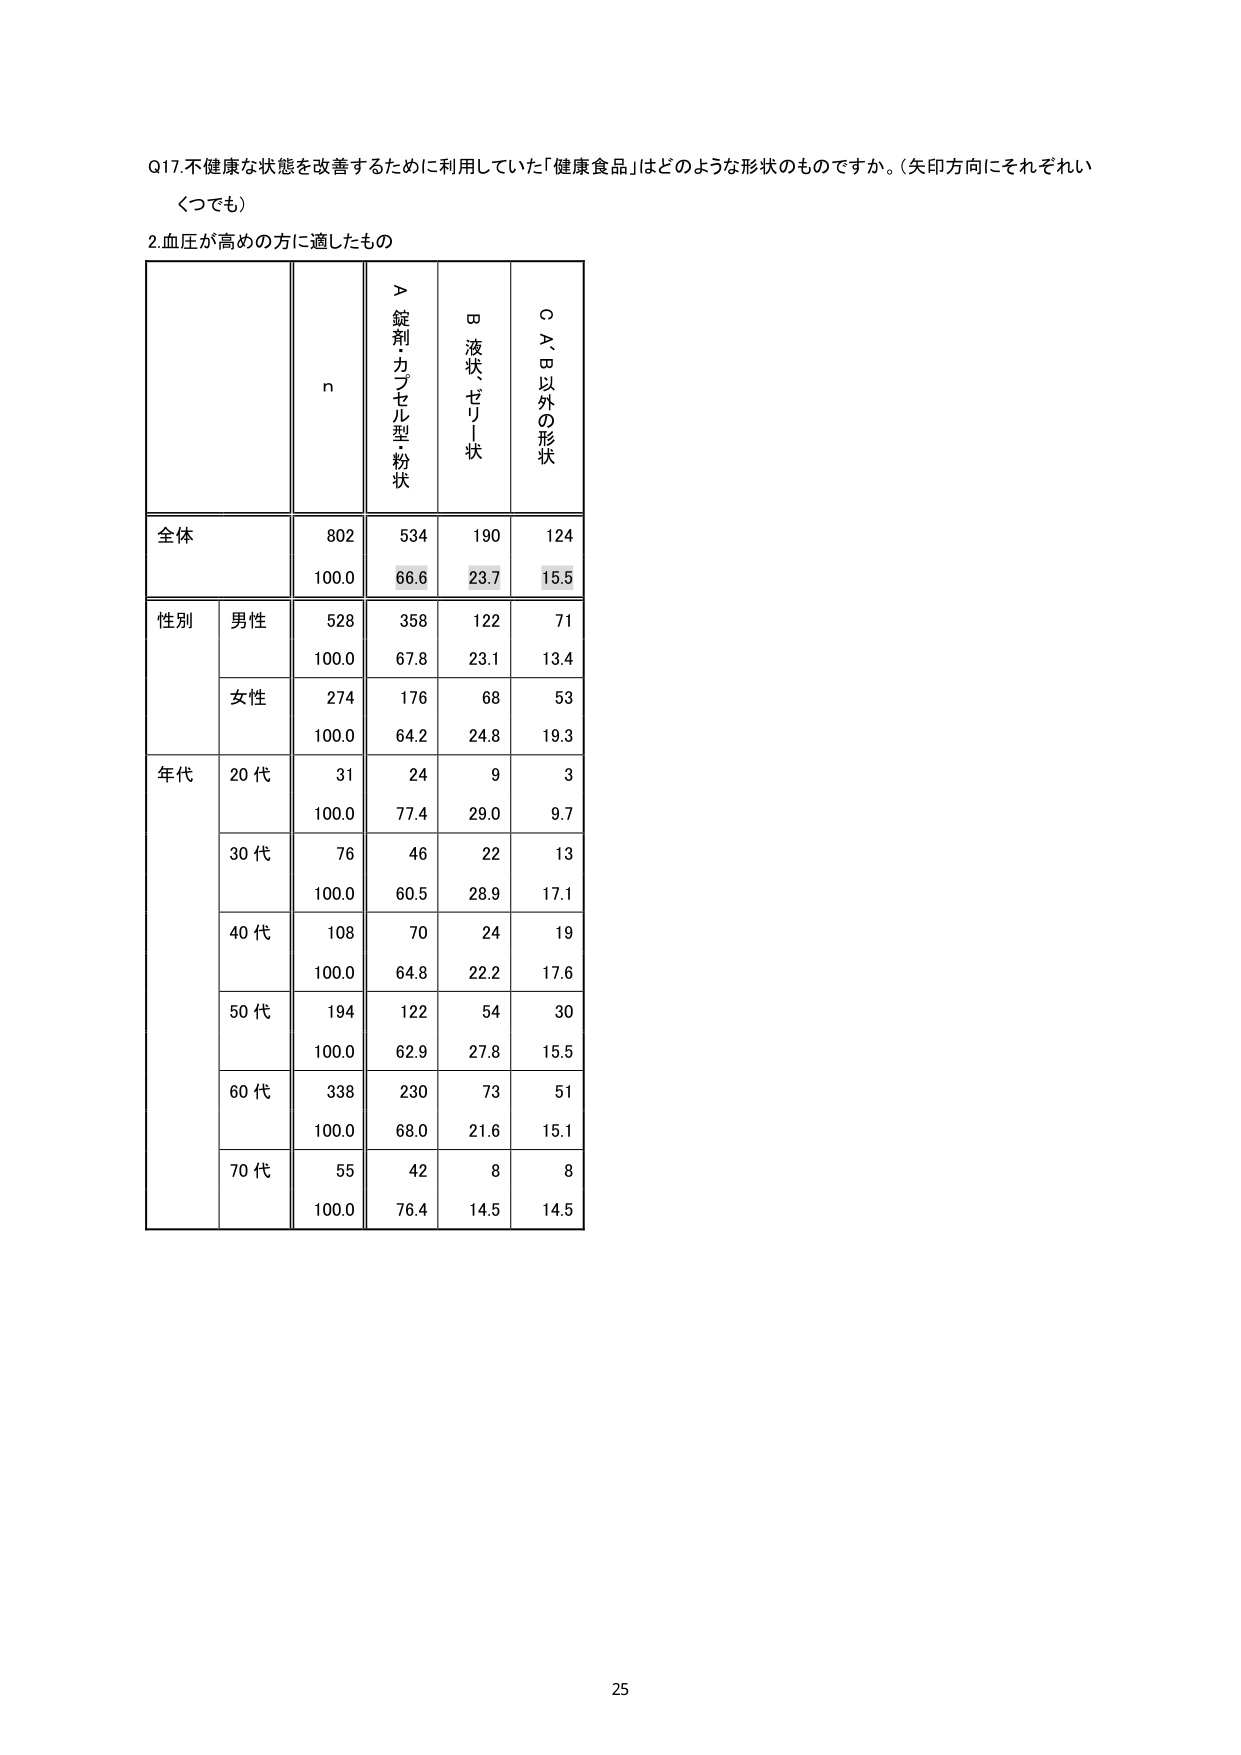
Q17.不健康な状態を改善するために利用していた「健康食品」はどのような形状のものですか。（矢印方向にそれぞれいくつでも）

2.血圧が高めの方に適したもの

n
＞錠剤・カプセル型・粉状
□液状・ゼリー状
○A、B以外の形状

全体
802
534
190
124
100.0
66.6
23.7
15.5

性別
男性
528
358
122
71
100.0
67.8
23.1
13.4
女性
274
176
68
53
100.0
64.2
24.8
19.3

年代
20代
31
24
9
3
100.0
77.4
29.0
9.7
30代
76
46
22
13
100.0
60.5
28.9
17.1
40代
108
70
24
19
100.0
64.8
22.2
17.6
50代
194
122
54
30
100.0
62.9
27.8
15.5
60代
338
230
73
51
100.0
68.0
21.6
15.1
70代
55
42
8
8
100.0
76.4
14.5
14.5

25